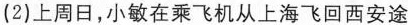
(2)上周日，小敏在乘飞机从上海飞回西安途